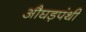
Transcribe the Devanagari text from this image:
औघड़पंथी